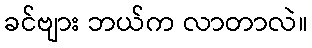
ခင်ဗျား ဘယ်က လာတာလဲ။